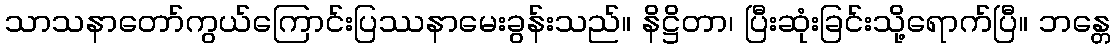
သာသနာတော်ကွယ်ကြောင်းပြဿနာမေးခွန်းသည်။ နိဋ္ဌိတာ၊ ပြီးဆုံးခြင်းသို့ရောက်ပြီ။ ဘန္တေ